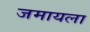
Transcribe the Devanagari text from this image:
जमायला